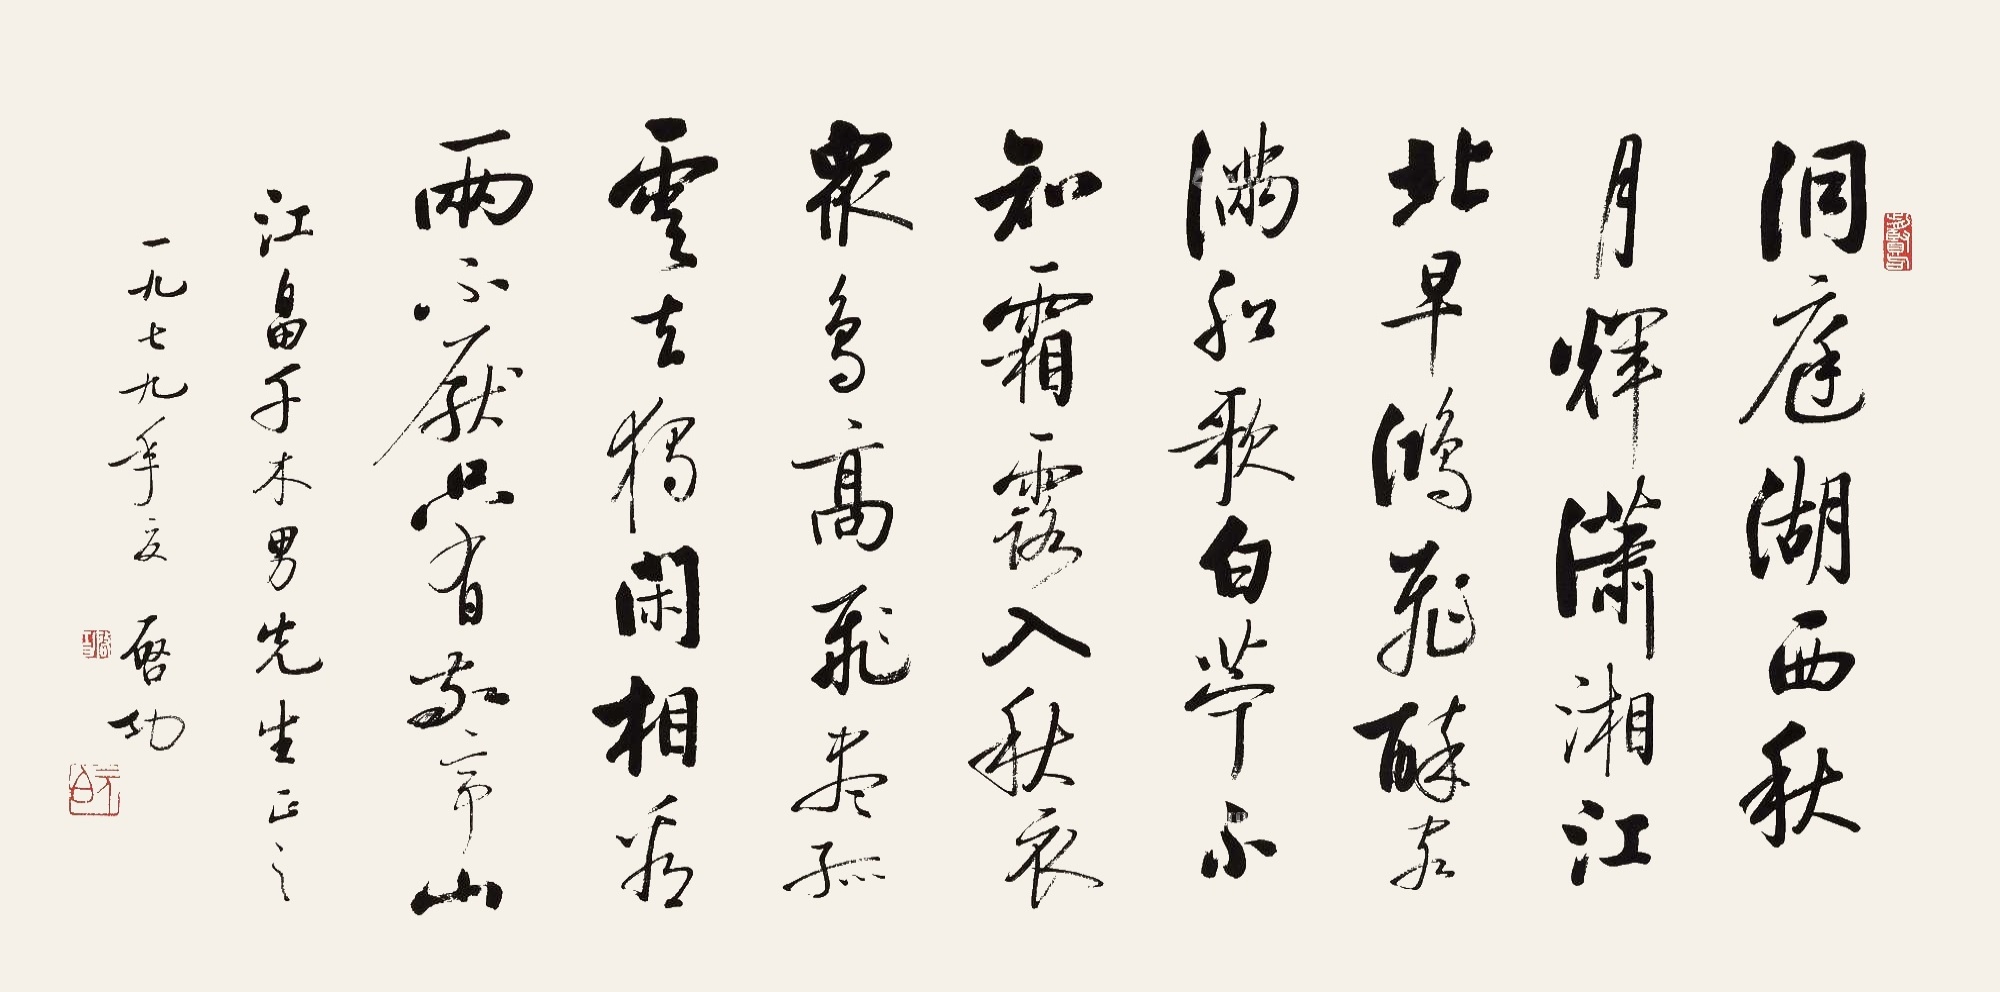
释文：洞庭湖西秋月辉，潇湘江北早鸿飞。醉客满船歌白苎，不知霜露入秋衣。众鸟高飞尽,孤云独去闲。相看两不厌,只有敬亭山。江畠千木男先生正之。一九七九年夏，启功。